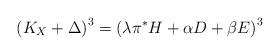
LaTeX: \begin{align*} \left(K_X+\Delta\right)^3=\left(\lambda\pi^*H+\alpha D+\beta E\right)^3\end{align*}